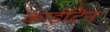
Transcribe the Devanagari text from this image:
काईटिन